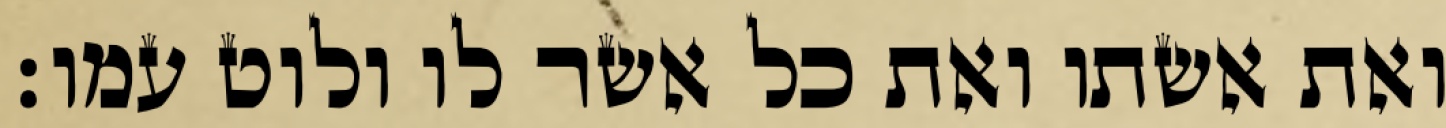
ואת אשתו ואת כל אשר לו ולוט עמו׃